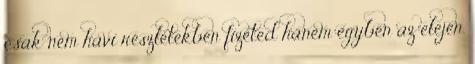
csak nem havi részletekben fizeted hanem egyben az elején.